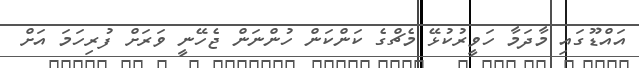
އައްޑޫގައި މާދަމާ ހަވީރުކުޅޭ މެޗްގެ ކަންކަން ހުންނަން ޖެހޭނީ ވަރަށް ފުރިހަމަ އަށް